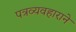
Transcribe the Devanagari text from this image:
पत्रव्यवहाराने